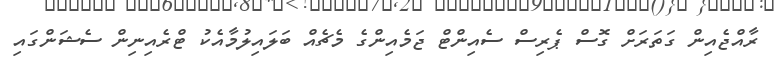
ރާއްޖެއިން ގަތަރަށް ގޮސް ޕެރިސް ސެއިންޓް ޖަމެއިންގެ މެޗެއް ބަލައިލުމާއެކު ޓްރެއިނިން ސެޝަންގައި